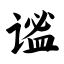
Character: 谧